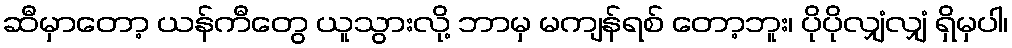
ဆီမှာတော့ ယန်ကီတွေ ယူသွားလို့ ဘာမှ မကျန်ရစ် တော့ဘူး၊ ပိုပိုလျှံလျှံ ရှိမှပါ၊